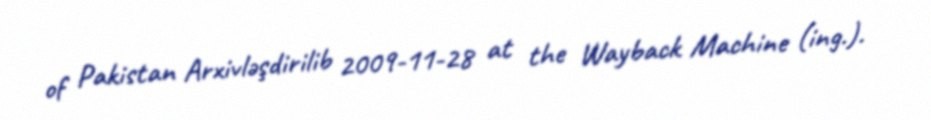
of Pakistan Arxivləşdirilib 2009-11-28 at the Wayback Machine (ing.).